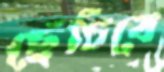
ছেঁচিবে